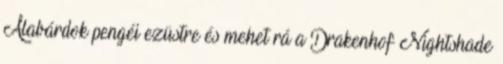
Alabárdok pengéi ezüstre és mehet rá a Drakenhof Nightshade